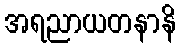
အရညာယတနာနိ